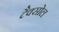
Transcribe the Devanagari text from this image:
टैक्सोल